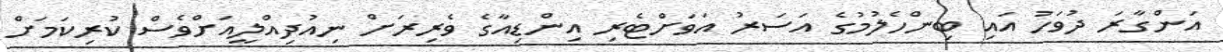
އަންގާރަ ދުވަހު އައި ބިންހެލުމުގެ އަސަރު އަވަށްޓެރި އިންޑިއާގެ ވެރިރަށް ނިއުދިއްލީއަށްވެސް ކުރިކަމަށް